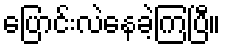
ပြောင်းလဲနေခဲ့ကြပြီ။